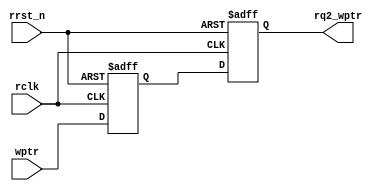
module sync_w2r (
 output reg [4:0] rq2_wptr,
 input [4:0] wptr,
 input rclk, rrst_n);
 
 reg [4:0] rq1_wptr;
 
 always @(posedge rclk or negedge rrst_n)
	if (!rrst_n) 
		{rq2_wptr,rq1_wptr} <= 0;
	else 
		{rq2_wptr,rq1_wptr} <= {rq1_wptr,wptr};
				
endmodule